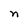
Character: n